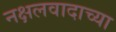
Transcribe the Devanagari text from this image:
नक्षलवादाच्या